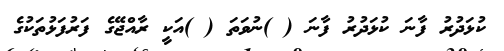
ކުޅަދުރު ފާނަ ކުޅަދުރު ފާނަ ( )ނުވަތަ ( )އަކީ ރާއްޖޭގެ ފަރުފަޅުތަކުގެ